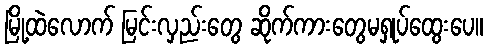
မြို့ထဲလောက် မြင်းလှည်းတွေ ဆိုက်ကားတွေမရှုပ်ထွေးပေ။